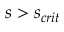
s > s _ { c r i t }